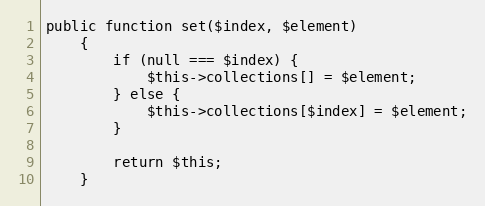
Language: PHP
public function set($index, $element)
    {
        if (null === $index) {
            $this->collections[] = $element;
        } else {
            $this->collections[$index] = $element;
        }

        return $this;
    }